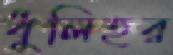
ধুলিহর